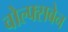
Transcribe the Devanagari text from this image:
वोल्फ्सबेन